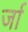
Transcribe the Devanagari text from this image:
र्जा